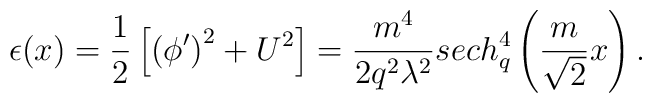
\epsilon(x)=\frac 12 \left[\left(\phi^{\prime}\right)^2+U^2\right]=\frac{m^4}{2q^2\lambda^2}sech_q^4\left(\frac{m}{\sqrt 2}x \right).